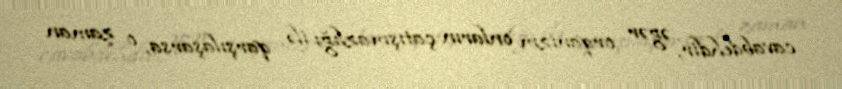
cavabdehdir, əgər orqanizm onların çatışmazlığı ilə qarşılaşarsa, o zaman